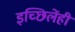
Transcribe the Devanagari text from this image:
इच्छिलेंही